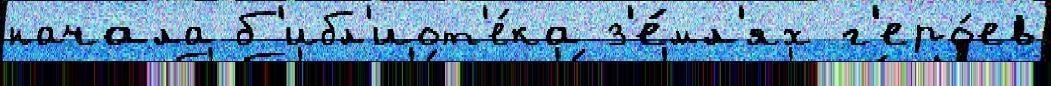
начала б'ибл'иот'е́ка з'е́мл'ях г'еро́ев